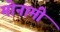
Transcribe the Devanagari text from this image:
मोनामी